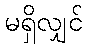
မရှိလျှင်